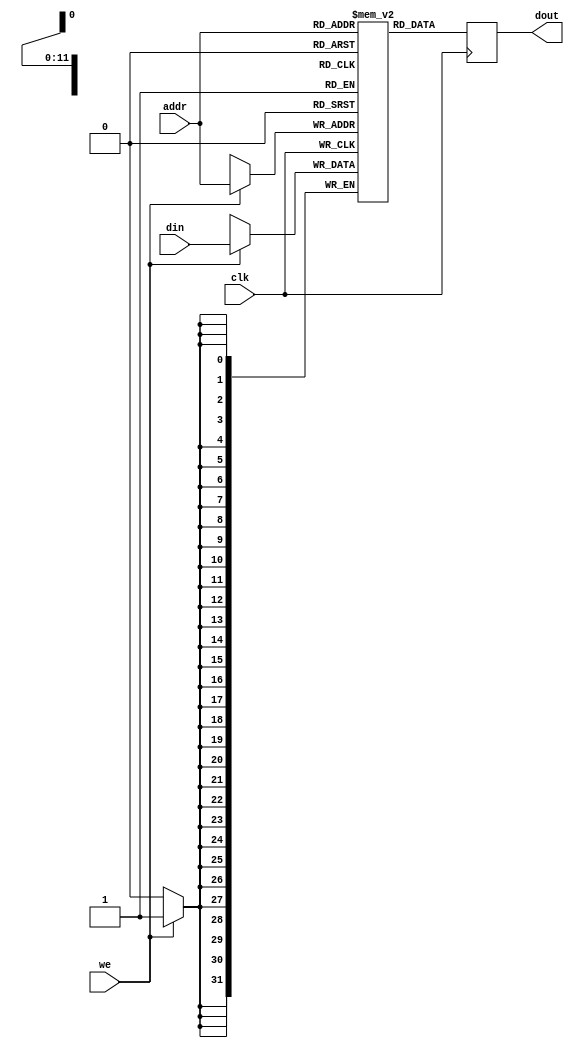
// RAM
//  clk dmem  RAMwe1 RAM 
module dmem (
    input [11:0] addr,
    input we,
    input [31:0] din,
    input clk,

    output reg [31:0] dout
);
  reg [31:0] dmem_reg[0:4095];

  always @(posedge clk) begin
    if (we) begin
      dmem_reg[addr] <= din;
    end
    dout <= dmem_reg[addr];
  end
endmodule

// ROM
module imem (
    input  [11:0] addr1,
    output [31:0] imem_o1,
    input  [11:0] addr2,
    output [31:0] imem_o2
);
  // reg
  // tb_top.v $readmemh
  //  imem  CPU 
  // 

  reg [31:0] imem_reg[0:4096];

  assign imem_o1 = imem_reg[addr1];
  assign imem_o2 = imem_reg[addr2];

endmodule